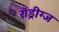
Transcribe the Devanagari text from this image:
रॉड्रीग्ज